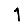
Digit: 1